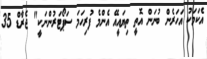
އެކަމަކު އަހަރެން ބުނަން އޮތީ ތިޔައީއޭ އެންމެ ފުރިހަމަ ސަޕޯޓަރުންނަކީ" ޖެރާޑް 35